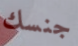
جنسك